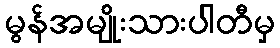
မွန်အမျိုးသားပါတီမှ